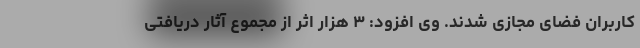
کاربران فضای مجازی شدند. وی افزود: ۳ هزار اثر از مجموع آثار دریافتی